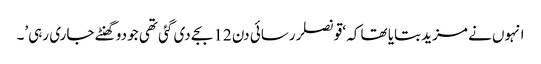
انہوں نے مزید بتایا تھا کہ ‘قونصلر رسائی دن 12 بجے دی گئی تھی جو دو گھنٹے جاری رہی’۔